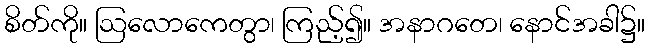
စိတ်ကို။ ဩလောကေတွာ၊ ကြည့်၍။ အနာဂတေ၊ နောင်အခါ၌။